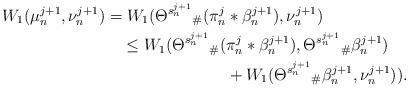
LaTeX: \begin{align*}W_1(\mu_n^{j+1},\nu_n^{j+1})=W_1(\Theta^{s_n^{j+1}}{}_\#(\pi_n^j&*\beta_n^{j+1}),\nu_n^{j+1})\\ \leq W_1(\Theta^{s_n^{j+1}}{}_\#(&\pi_n^j*\beta_n^{j+1}),\Theta^{s_n^{j+1}}{}_\#\beta_n^{j+1})\\&+ W_1(\Theta^{s_n^{j+1}}{}_\#\beta_n^{j+1},\nu_n^{j+1})).\end{align*}